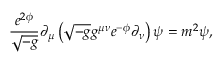
\frac { e ^ { 2 \phi } } { \sqrt { - g } } \partial _ { \mu } \left( \sqrt { - g } g ^ { \mu \nu } e ^ { - \phi } \partial _ { \nu } \right) \psi = m ^ { 2 } \psi ,